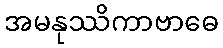
အမနုဿိကာဗာဓေ